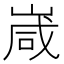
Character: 嵅